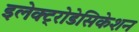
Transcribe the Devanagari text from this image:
इलेक्ट्रोडेसिकेशन